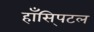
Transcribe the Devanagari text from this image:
हाँसि्पटल